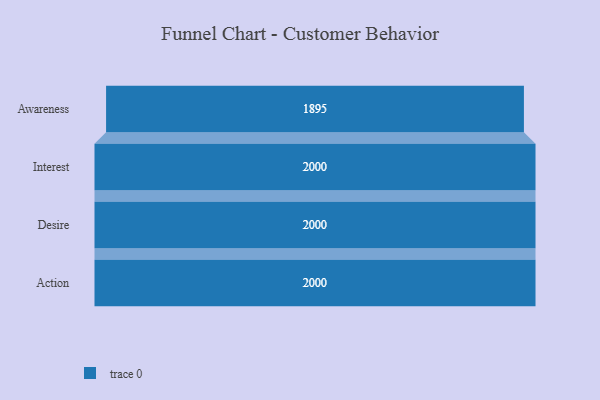
{"axis": {"x": "Stage", "y": "Value"}, "legend": [""], "data": [{"x": "Awareness", "y": 1895.0, "type": ""}, {"x": "Interest", "y": 2000, "type": ""}, {"x": "Desire", "y": 2000, "type": ""}, {"x": "Action", "y": 2000, "type": ""}]}